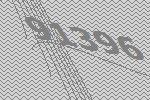
91396